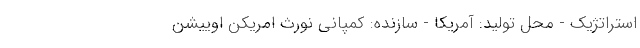
استراتژیک - محل تولید: آمریکا - سازنده: کمپانی نورث امریکن اوییشن